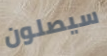
سيصلون